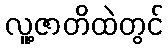
လူ့ဇာတိထဲတွင်